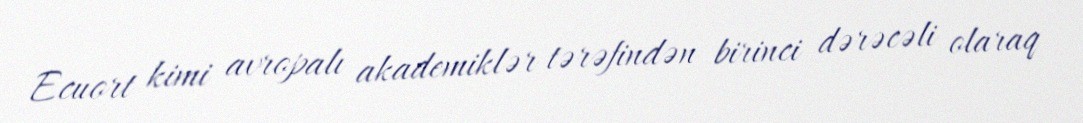
Ecuort kimi avropalı akademiklər tərəfindən birinci dərəcəli olaraq